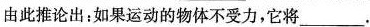
由此推论出：如果运动的物体不受力，它将___.